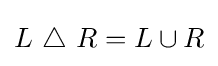
L~\triangle ~R=L\cup R